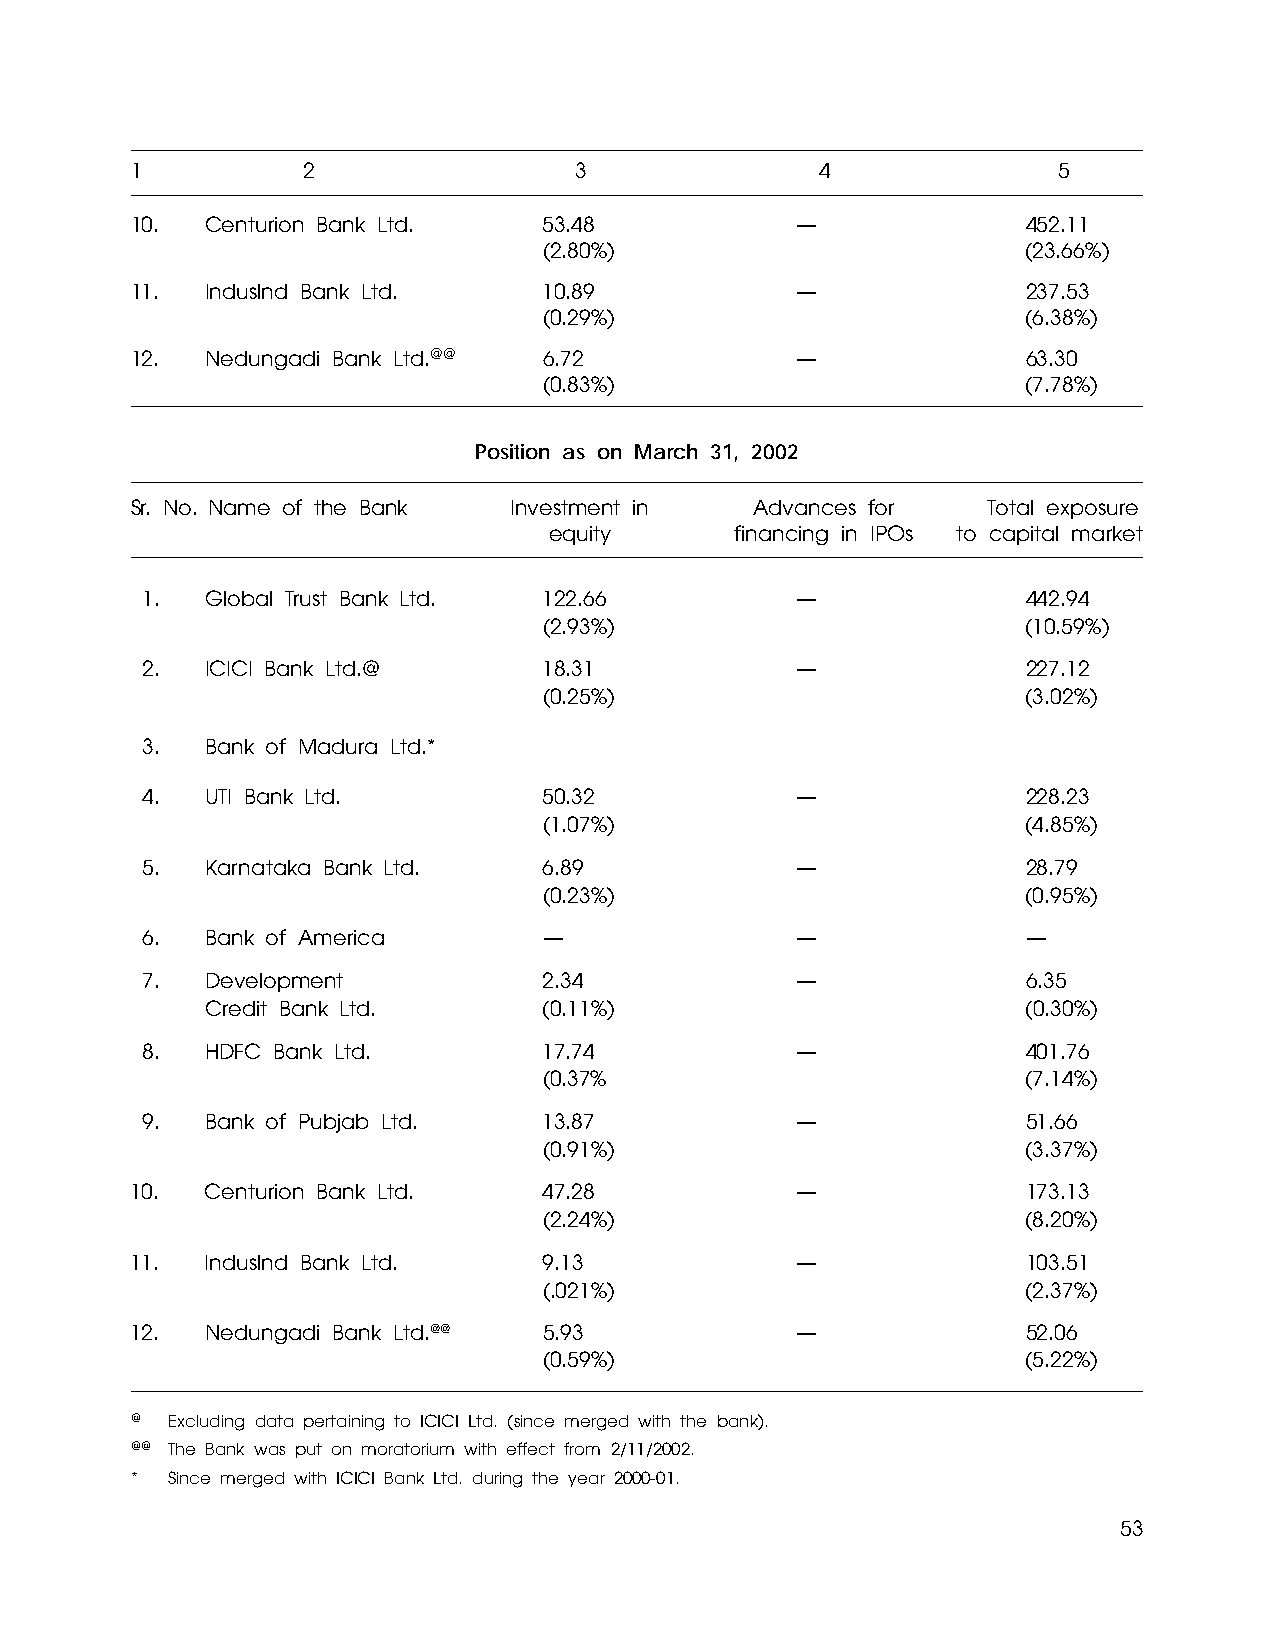
1          2                 3               4               5
 10.  Centurion Bank Ltd.   53.48            —              452.11
 (2.80%)                         (23.66%)
 11.  Induslnd Bank Ltd.    10.89            —              237.53
 (0.29%)                         (6.38%)
 12.  Nedungadi Bank Ltd.@@ 6.72             —              63.30
 (0.83%)                         (7.78%)
 Position as on March 31, 2002
 Sr. No. Name of the Bank Investment in   Advances for   Total exposure
 equity       financing in IPOs to capital market
 1.   Global Trust Bank Ltd. 122.66          —              442.94
 (2.93%)                         (10.59%)
 2.   ICICI Bank Ltd.@      18.31            —              227.12
 (0.25%)                         (3.02%)
 3.   Bank of Madura Ltd.*
 4.   UTI Bank Ltd.         50.32            —              228.23
 (1.07%)                         (4.85%)
 5.   Karnataka Bank Ltd.   6.89             —              28.79
 (0.23%)                         (0.95%)
 6.   Bank of America       —                —              —
 7.   Development           2.34             —              6.35
 Credit Bank Ltd.      (0.11%)                         (0.30%)
 8.   HDFC Bank Ltd.        17.74            —              401.76
 (0.37%                          (7.14%)
 9.   Bank of Pubjab Ltd.   13.87            —              51.66
 (0.91%)                         (3.37%)
 10.  Centurion Bank Ltd.   47.28            —              173.13
 (2.24%)                         (8.20%)
 11.  Induslnd Bank Ltd.    9.13             —              103.51
 (.021%)                         (2.37%)
 12.  Nedungadi Bank Ltd.@@ 5.93             —              52.06
 (0.59%)                         (5.22%)
 @ Excluding data pertaining to ICICI Ltd. (since merged with the bank).
 @@ The Bank was put on moratorium with effect from 2/11/2002.
 * Since merged with ICICI Bank Ltd. during the year 2000-01.
 53